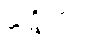
ဃဋိကာရ